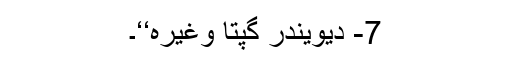
7- دیویندر گپتا وغیرہ‘‘۔